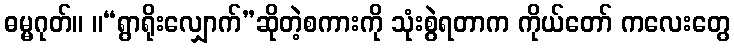
ဓမ္မဂုတ်။ ။“ရွာရိုးလျှောက်”ဆိုတဲ့စကားကို သုံးစွဲရတာက ကိုယ်တော် ကလေးတွေ